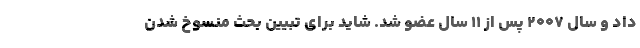
داد و سال 2007 پس از 11 سال عضو شد. شاید برای تبیین بحثِ منسوخ شدنِ